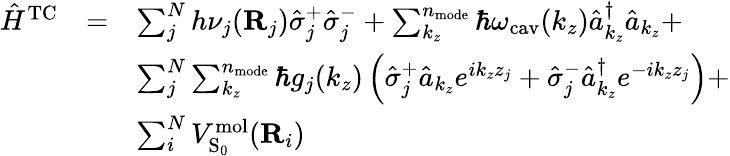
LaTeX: \begin{array}{ccl}{{\hat{H}}^{\mathrm{TC}}}&{=}&{\sum_{j}^{N}h\nu_{j}(\mathbf R_{j})\hat{\sigma}_{j}^{+}\hat{\sigma}_{j}^{-}+\sum_{k_{z}}^{n_{\mathrm{mode}}}\hbar\omega_{\mathrm{cav}}(k_{z})\hat{a}_{k_{z}}^{\dagger}\hat{a}_{k_{z}}+}\\ &&{\sum_{j}^{N}\sum_{k_{z}}^{n_{\mathrm{mode}}}\hbar g_{j}(k_{z})\left(\hat{\sigma}_{j}^{+}\hat{a}_{k_{z}}e^{ik_{z}z_{j}}+\hat{\sigma}_{j}^{-}\hat{a}_{k_{z}}^{\dagger}e^{-ik_{z}z_{j}}\right)+}\\ &&{\sum_{i}^{N}V_{\mathrm{S}_{0}}^{\mathrm{mol}}({\mathbf{R}}_{i})}\end{array}